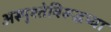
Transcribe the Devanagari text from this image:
अस्पृश्तेविरूद्धच्या